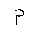
Letter: _mim